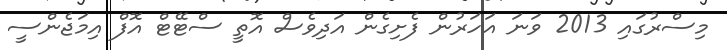
މިސްރުގައި 2013 ވަނަ އަހަރުން ފެށިގެން އަދިވެސް އޮތީ ސްޓޭޓް އޮފް އިމަޖެންސީ